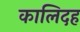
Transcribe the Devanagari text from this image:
कालिदह